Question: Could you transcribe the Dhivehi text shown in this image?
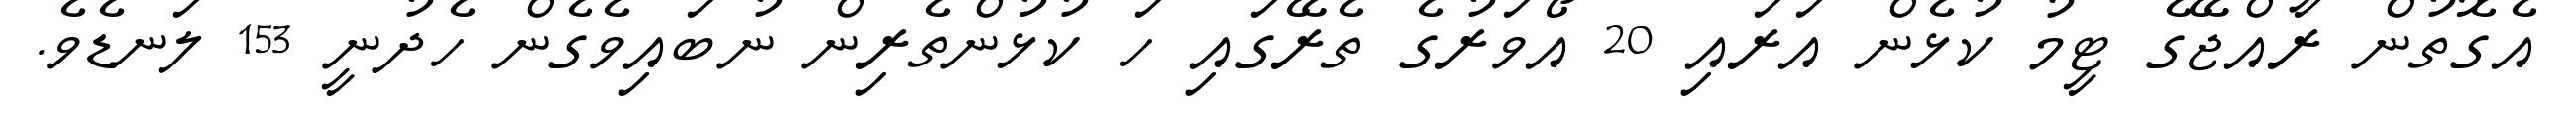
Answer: އެގޮތުން ރާއްޖޭގެ ޓީމު ކުޅެން އަރައި 20 އޯވަރުގެ ތެރޭގައި ހަ ކުޅުންތެރިން ނުބައިވެގެން ހެދުނީ 153 ލަނޑެވެ.